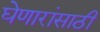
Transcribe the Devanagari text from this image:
घेणारांसाठी